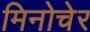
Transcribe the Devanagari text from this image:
मिनोचेर